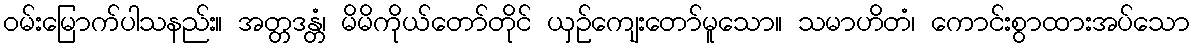
ဝမ်းမြောက်ပါသနည်း။ အတ္တဒန္တံ၊ မိမိကိုယ်တော်တိုင် ယှဉ်ကျေးတော်မူသော။ သမာဟိတံ၊ ကောင်းစွာထားအပ်သော